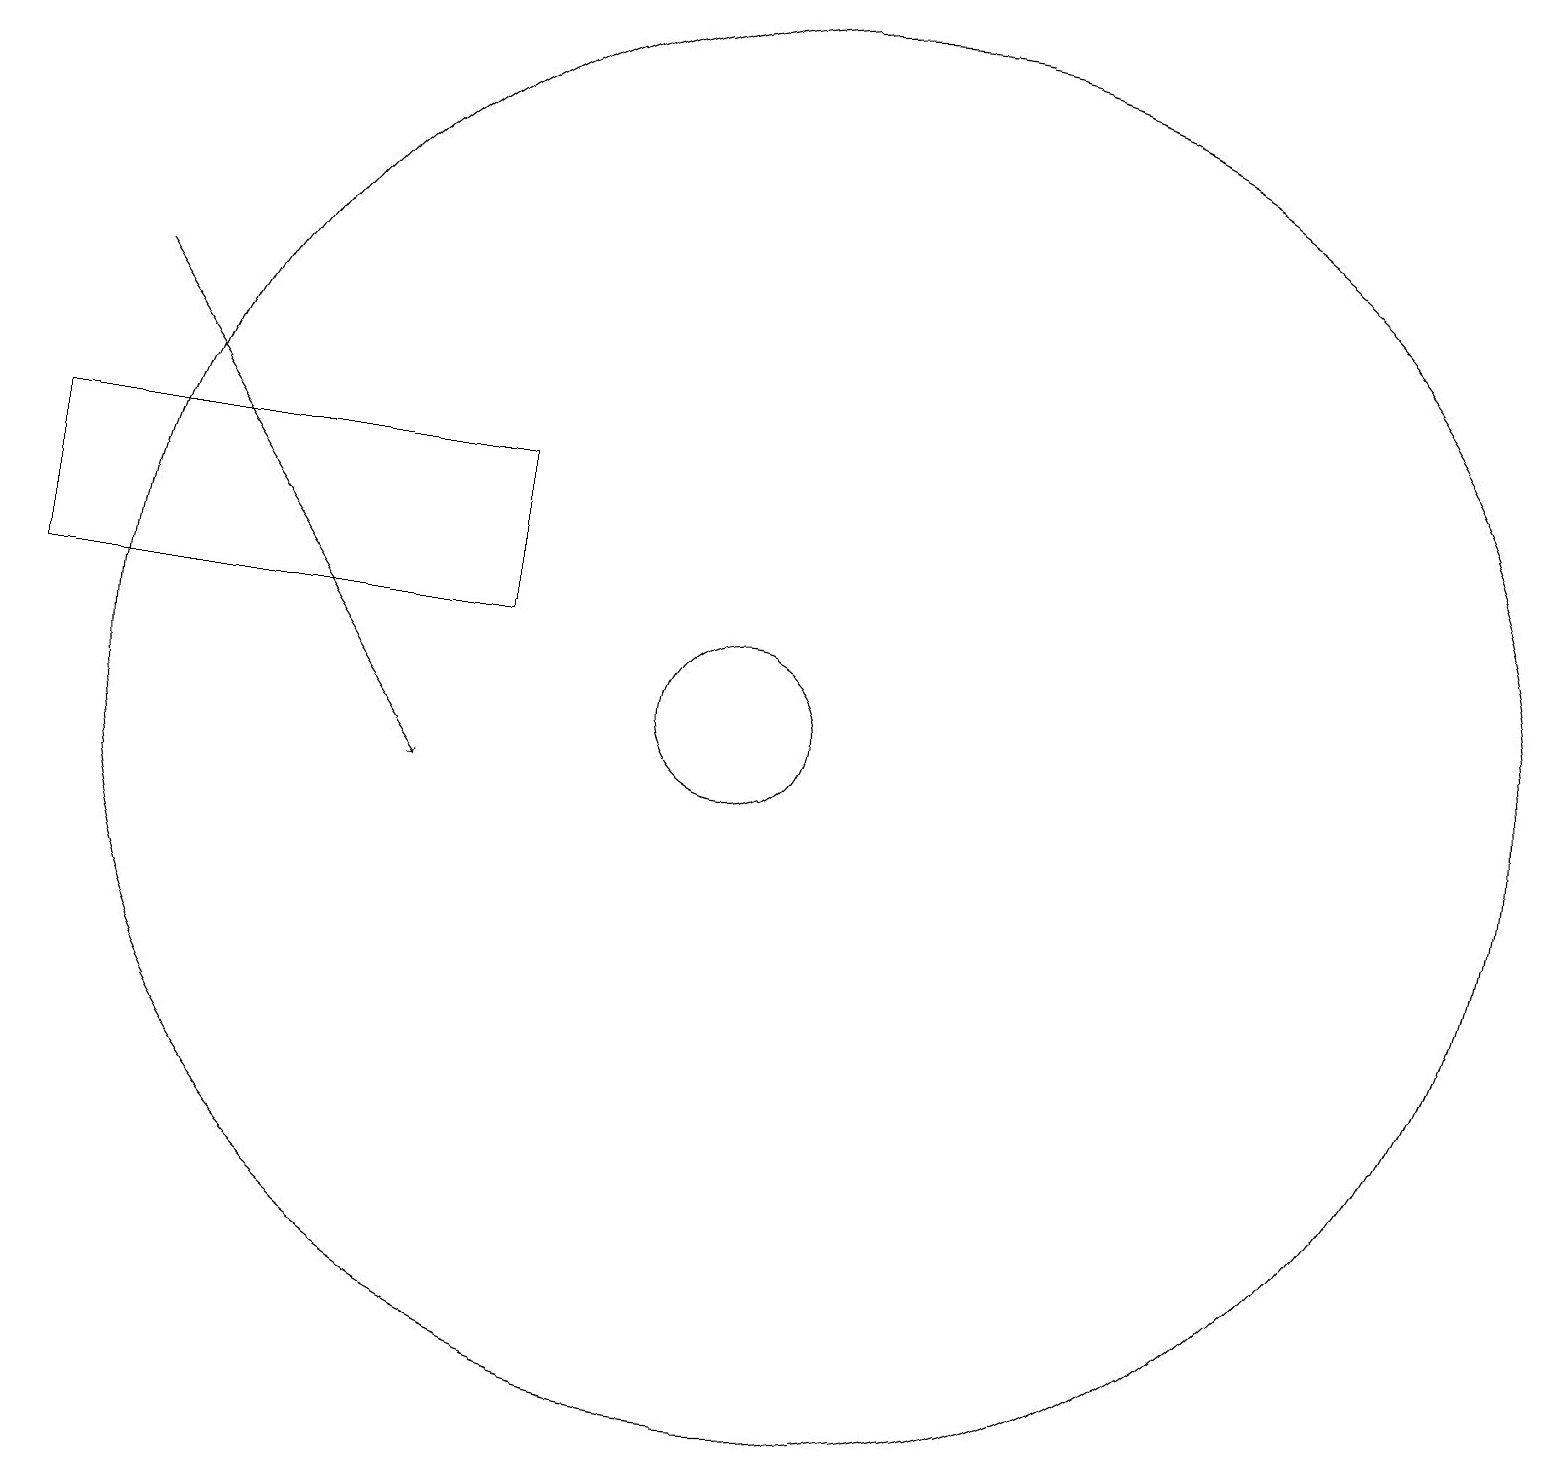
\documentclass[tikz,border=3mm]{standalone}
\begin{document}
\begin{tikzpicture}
\draw (10,11) circle (1);
\draw[->] (2,16) -- (6,10);
\draw (7,12) rectangle (1,14);
\draw (11,10) circle (0);
\draw (11,11) circle (9);
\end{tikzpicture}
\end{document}